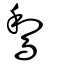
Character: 鵹